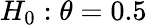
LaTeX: \textstyle H_{0}:\theta=0.5